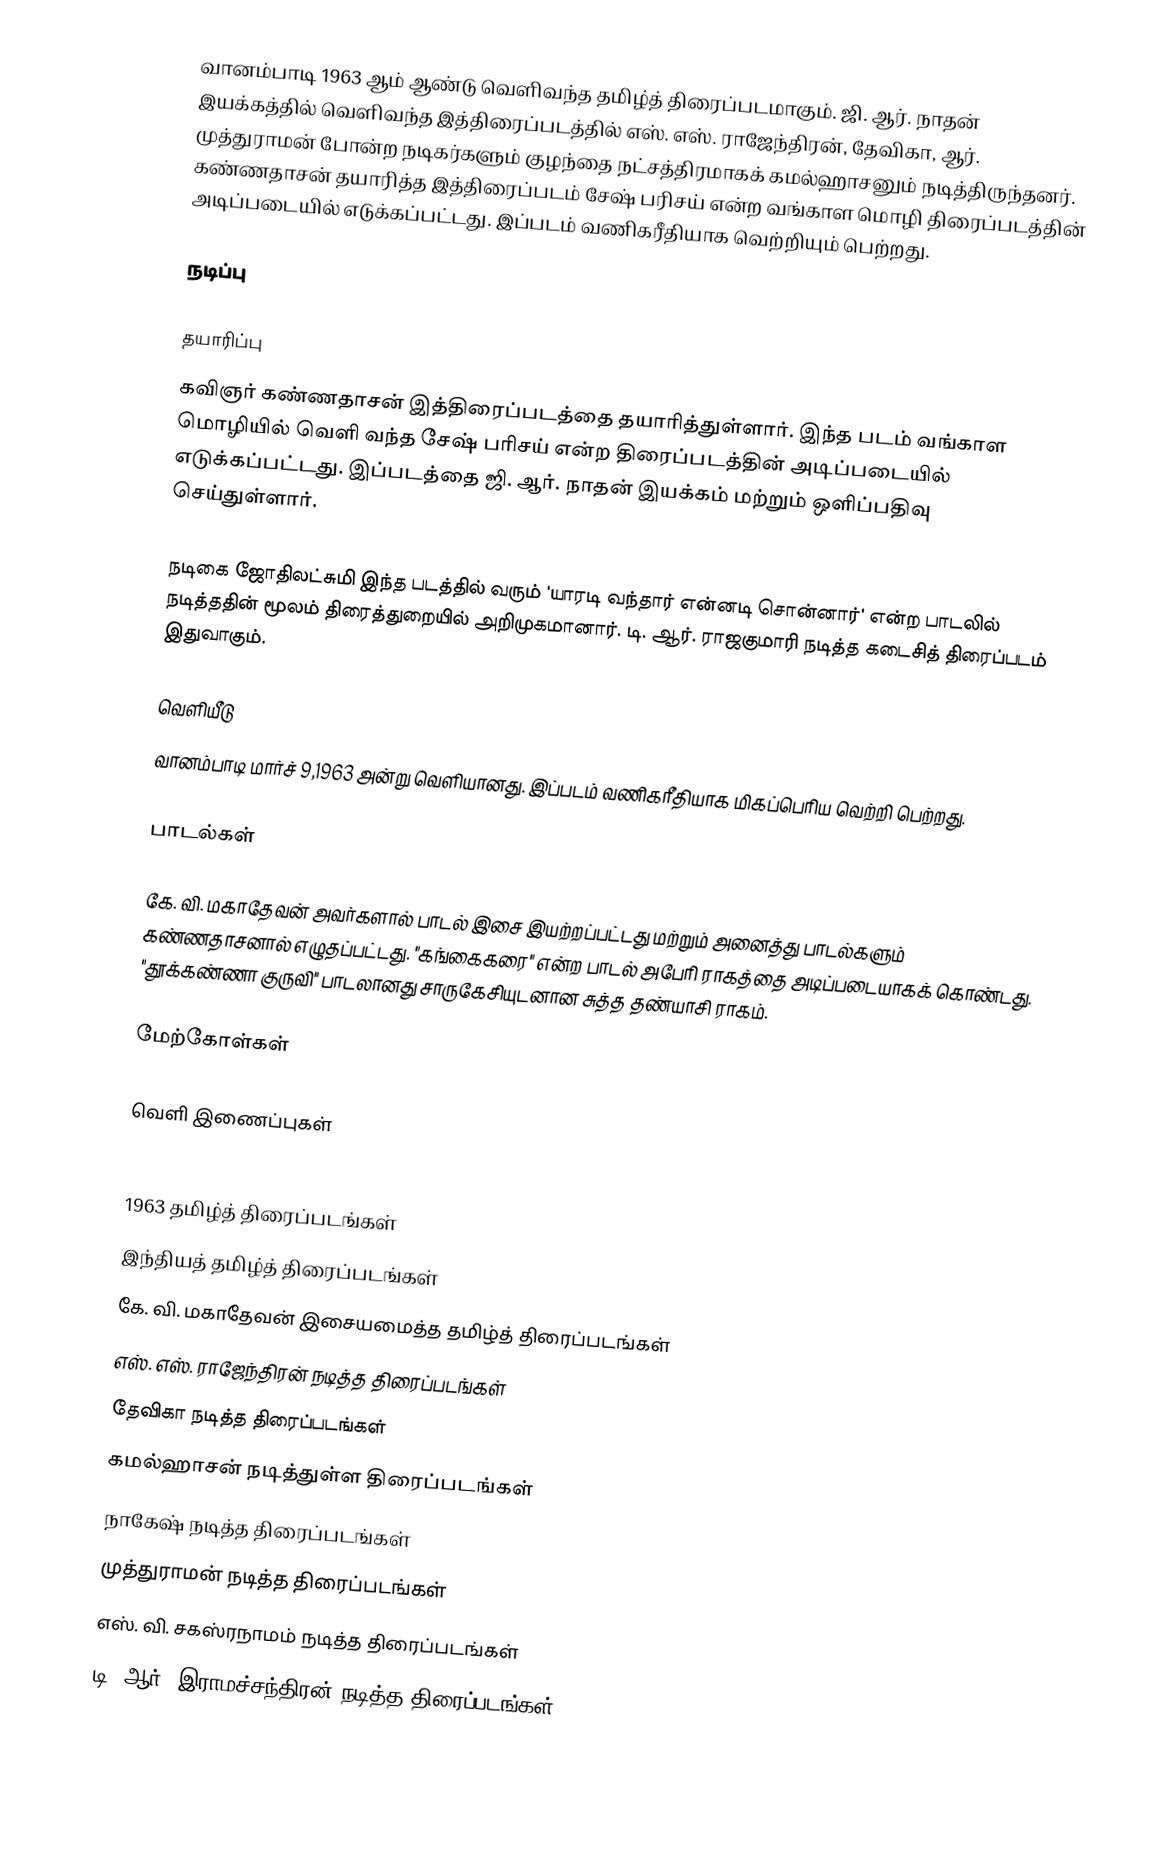
வானம்பாடி 1963 ஆம் ஆண்டு வெளிவந்த தமிழ்த் திரைப்படமாகும். ஜி. ஆர். நாதன் இயக்கத்தில் வெளிவந்த இத்திரைப்படத்தில் எஸ். எஸ். ராஜேந்திரன், தேவிகா, ஆர். முத்துராமன் போன்ற நடிகர்களும் குழந்தை நட்சத்திரமாகக் கமல்ஹாசனும் நடித்திருந்தனர். கண்ணதாசன் தயாரித்த இத்திரைப்படம் சேஷ் பரிசய் என்ற வங்காள மொழி திரைப்படத்தின் அடிப்படையில் எடுக்கப்பட்டது. இப்படம் வணிகரீதியாக வெற்றியும் பெற்றது.

நடிப்பு

தயாரிப்பு
கவிஞர் கண்ணதாசன் இத்திரைப்படத்தை தயாரித்துள்ளார். இந்த படம் வங்காள மொழியில் வெளி வந்த சேஷ் பரிசய் என்ற திரைப்படத்தின் அடிப்படையில் எடுக்கப்பட்டது. இப்படத்தை ஜி. ஆர். நாதன் இயக்கம் மற்றும் ஒளிப்பதிவு செய்துள்ளார்.

நடிகை ஜோதிலட்சுமி இந்த படத்தில் வரும் 'யாரடி வந்தார் என்னடி சொன்னார்' என்ற பாடலில் நடித்ததின் மூலம் திரைத்துறையில் அறிமுகமானார். டி. ஆர். ராஜகுமாரி நடித்த கடைசித் திரைப்படம் இதுவாகும்.

வெளியீடு
வானம்பாடி மார்ச் 9,1963 அன்று வெளியானது. இப்படம் வணிகரீதியாக மிகப்பெரிய வெற்றி பெற்றது.

பாடல்கள்

கே. வி. மகாதேவன் அவர்களால் பாடல் இசை இயற்றப்பட்டது மற்றும் அனைத்து பாடல்களும் கண்ணதாசனால் எழுதப்பட்டது. "கங்கைகரை" என்ற பாடல் அபேரி ராகத்தை அடிப்படையாகக் கொண்டது. "தூக்கண்ணா குருவி" பாடலானது சாருகேசியுடனான சுத்த தண்யாசி ராகம்.

மேற்கோள்கள்

வெளி இணைப்புகள்

1963 தமிழ்த் திரைப்படங்கள்
இந்தியத் தமிழ்த் திரைப்படங்கள்
கே. வி. மகாதேவன் இசையமைத்த தமிழ்த் திரைப்படங்கள்
எஸ். எஸ். ராஜேந்திரன் நடித்த திரைப்படங்கள்
தேவிகா நடித்த திரைப்படங்கள்
கமல்ஹாசன் நடித்துள்ள திரைப்படங்கள்
நாகேஷ் நடித்த திரைப்படங்கள்
முத்துராமன் நடித்த திரைப்படங்கள்
எஸ். வி. சகஸ்ரநாமம் நடித்த திரைப்படங்கள்
டி. ஆர். இராமச்சந்திரன் நடித்த திரைப்படங்கள்